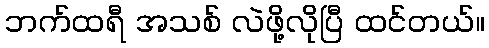
ဘက်ထရီ အသစ် လဲဖို့လိုပြီ ထင်တယ်။